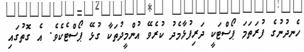
ހެނދުނުގެ ފުރަތަމަ ޕޯސްޓަކީ ދަރިފުޅާމެދު ކުރެވޭ އުންމީދުތަކާ ގުޅޭ ޕޯސްޓެކެވެ. އެ ގޮތުގައި